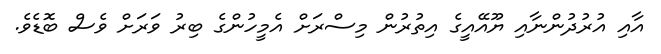
އާއި އުރުދުންނާއި ޔޫއޭއީގެ އިތުރުން މިސްރަށް އެމީހުންގެ ބިރު ވަރަށް ވެސް ބޮޑެވެ.